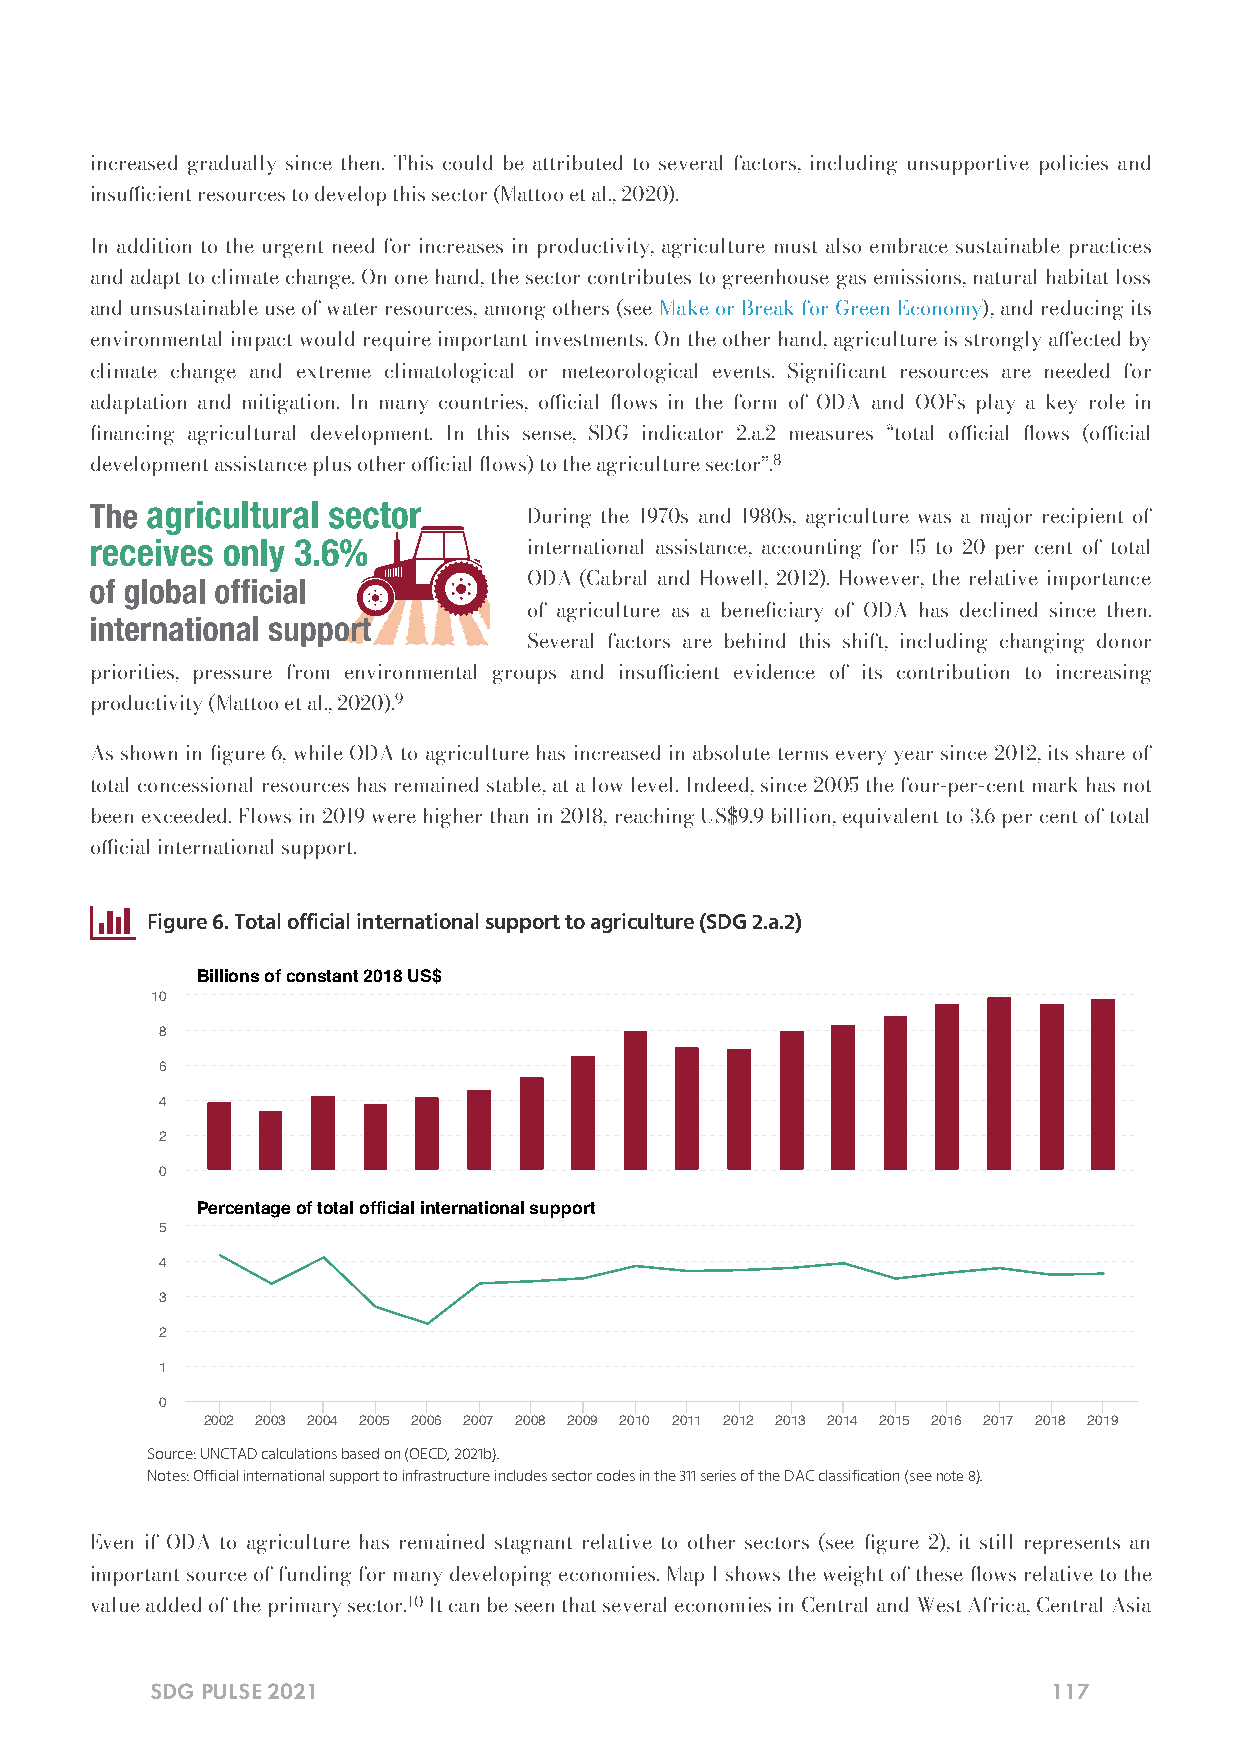
increased gradually since then. This could be attributed to several factors, including unsupportive policies and
 insucient resources to develop this sector (Mattoo et al., 2020).
 In addition to the urgent need for increases in productivity, agriculture must also embrace sustainable practices
 and adapt to climate change. On one hand, the sector contributes to greenhouse gas emissions, natural habitat loss
 and unsustainable use of water resources, among others (see Make or Break for Green Economy), and reducing its
 environmental impact would require important investments. On the other hand, agriculture is strongly aected by
 climate change and extreme climatological or meteorological events. Signicant resources are needed for
 adaptation and mitigation. In many countries, ocial ows in the form of ODA and OOFs play a key role in
 nancing agricultural development. In this sense, SDG indicator 2.a.2 measures “total ocial ows (ocial
 development assistance plus other ocial ows) to the agriculture sector”.8
 During the 1970s and 1980s, agriculture was a major recipient of
 international assistance, accounting for 15 to 20 per cent of total
 ODA (Cabral and Howell, 2012). However, the relative importance
 of agriculture as a beneciary of ODA has declined since then.
 Several factors are behind this shift, including changing donor
 priorities, pressure from environmental groups and insucient evidence of its contribution to increasing
 productivity (Mattoo et al., 2020).9
 As shown in gure 6, while ODA to agriculture has increased in absolute terms every year since 2012, its share of
 total concessional resources has remained stable, at a low level. Indeed, since 2005 the four-per-cent mark has not
 been exceeded. Flows in 2019 were higher than in 2018, reaching US$9.9 billion, equivalent to 3.6 per cent of total
 ocial international support.
 
 Figure 6. Total official international support to agriculture (SDG 2.a.2)
 Billions of constant 2018 US$
 10
 8
 6
 4
 2
 0
 Percentage of total official international support
 5
 4
 3
 2
 1
 0
 2002 2003 2004 2005 2006 2007 2008 2009 2010 2011 2012 2013 2014 2015 2016 2017 2018 2019
 Source: UNCTAD calculations based on (OECD, 2021b).
 Notes: Official international support to infrastructure includes sector codes in the 311 series of the DAC classification (see note 8).
 Even if ODA to agriculture has remained stagnant relative to other sectors (see gure 2), it still represents an
 important source of funding for many developing economies. Map 1 shows the weight of these ows relative to the
 value added of the primary sector.10 It can be seen that several economies in Central and West Africa, Central Asia
 SDG PULSE 2021                                              117